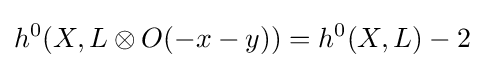
h^{0}(X,L\otimes O(-x-y))=h^{0}(X,L)-2